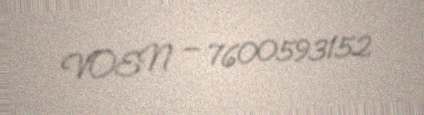
VOEN — 7600593152